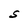
Character: S